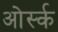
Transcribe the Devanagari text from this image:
ओर्स्क